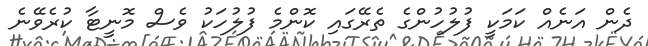
ދެން އަނެއް ކަމަކީ ފުލުހުންގެ ތެރޭގައި ކޮންމެ ފުލުހަކު ވެސް މޮނީޓާ ކުރެވޭނެ